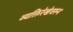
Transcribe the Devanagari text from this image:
व्यक्तिरेखेवरून